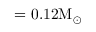
= 0 . 1 2 \mathrm { M _ { \odot } }